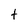
Character: t